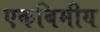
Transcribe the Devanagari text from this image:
एकबिमीय